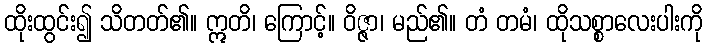
ထိုးထွင်း၍ သိတတ်၏။ ဣတိ၊ ကြောင့်။ ဝိဇ္ဇာ၊ မည်၏။ တံ တမံ၊ ထိုသစ္စာလေးပါးကို